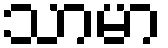
သာမာ